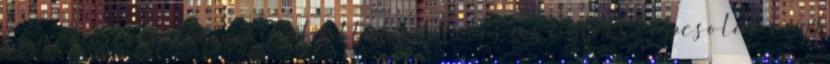
Ennek értelmében a szolgáltató köteles az üzleti kapcsolat vagy